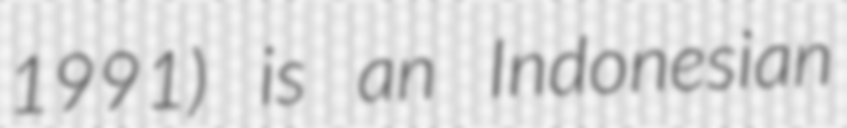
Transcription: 1991) is an Indonesian